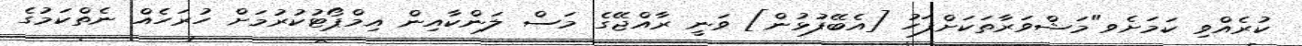
ކުރެއްވި ކަމަށެވ"މަޝްވަރާތަކަށްފަހު [އެބޭފުޅުން] ވަނީ ރާއްޖޭގެ މަސް ލަންކާއިން އިމްޕޯޓުކުރުމަށް ހުރަހެއް ނެތްކަމުގެ